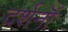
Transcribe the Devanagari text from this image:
दर्शनॊं